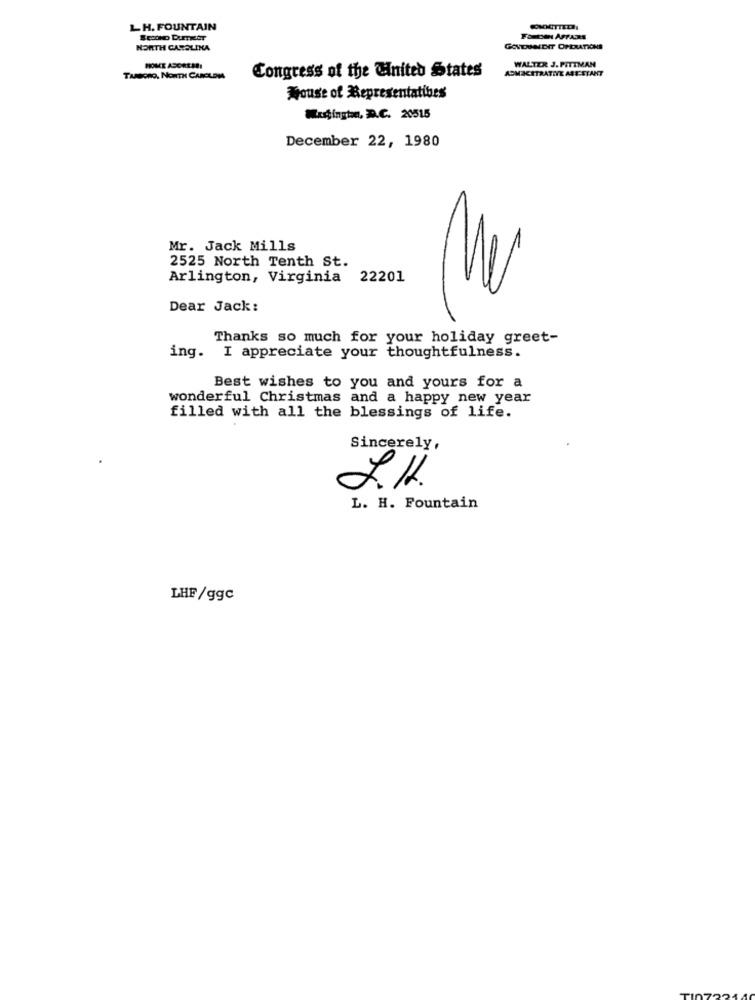
LH. FOUNTAIN
NORTH CAROLINA
GOUDHOLENIT OPERATIONS
WALTER J. PITTMAN
HOME ASCREAR:
Congress of the United States
ASMICATRATIVE ARE STANT
TARBORO, NORTH CARCLON
House of Representatives
Muğington, D.C. 20515
December 22, 1980
Mr. Jack Mills
2525 North Tenth St.
Arlington, Virginia 22201
Dear Jack:
Thanks so much for your holiday greet-
ing. I appreciate your thoughtfulness.
Best wishes to you and yours for a
wonderful Christmas and a happy new year
filled with all the blessings of life.
Sincerely,
L. H. Fountain
LHF/ggc